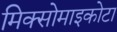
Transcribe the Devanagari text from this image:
मिक्सोमाइकोटा